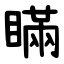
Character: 瞞